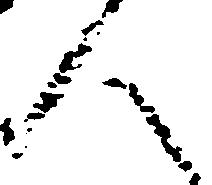
人